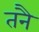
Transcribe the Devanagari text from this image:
तनै